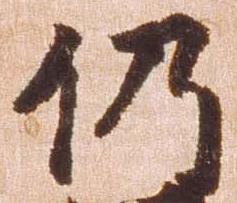
仍